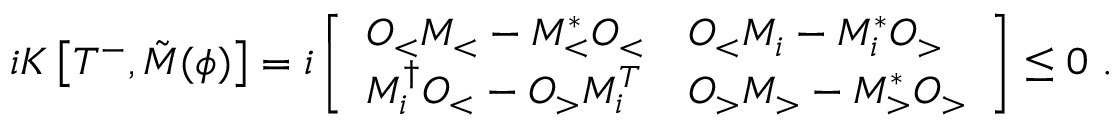
\begin{array} { r } { i K \left[ T ^ { - } , \tilde { M } ( { \phi } ) \right] = i \left[ \begin{array} { l l } { O _ { < } M _ { < } - M _ { < } ^ { * } O _ { < } } & { O _ { < } M _ { i } - M _ { i } ^ { * } O _ { > } } \\ { M _ { i } ^ { \dagger } O _ { < } - O _ { > } M _ { i } ^ { T } } & { O _ { > } M _ { > } - M _ { > } ^ { * } O _ { > } } \end{array} \right] \leq 0 \ . } \end{array}